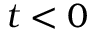
t < 0